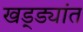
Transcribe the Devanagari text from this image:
खड्ड्यांत